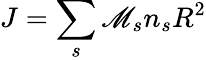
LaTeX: J=\sum_{s}\mathscr{M}_{s}n_{s}R^{2}